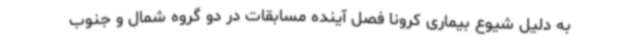
به دلیل شیوع بیماری کرونا فصل آینده مسابقات در دو گروه شمال و جنوب